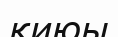
қиюы